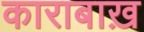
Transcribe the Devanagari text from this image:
काराबाख़